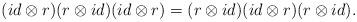
LaTeX: \begin{align*}(id\otimes r) (r\otimes id) (id\otimes r)=(r\otimes id) (id\otimes r) (r\otimes id).\end{align*}